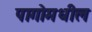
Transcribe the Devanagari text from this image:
पागोमधील